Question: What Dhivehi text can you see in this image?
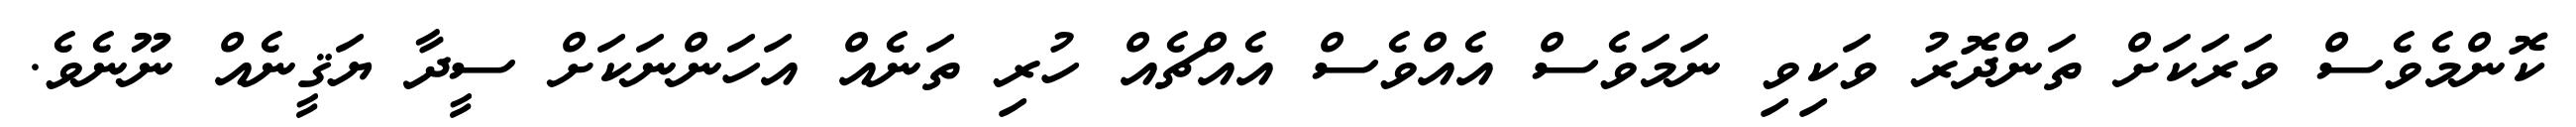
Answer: ކޮންމެވެސް ވަރަކަށް ތަންދޮރު ވަކިވި ނަމަވެސް އެއްވެސް އެއްޗެއް ހުރި ތަނެއް އަހަންނަކަށް ސީދާ ޔަޤީނެއް ނޫނެވެ.